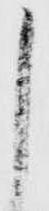
し